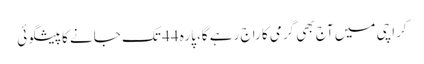
کراچی میں آج بھی گرمی کا راج رہے گا، پارہ 44 تک جانے کا پیشگوئی